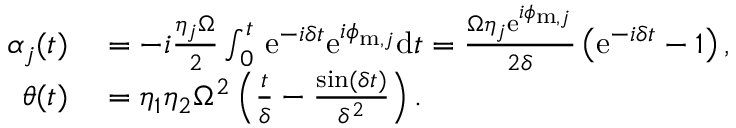
\begin{array} { r l } { \alpha _ { j } ( t ) } & { { } = - i \frac { \eta _ { j } \Omega } { 2 } \int _ { 0 } ^ { t } \, \mathrm { e } ^ { - i \delta t } \mathrm { e } ^ { i \phi _ { \mathrm { m } , j } } \mathrm { d } t = \frac { \Omega \eta _ { j } \mathrm { e } ^ { i \phi _ { \mathrm { m } , j } } } { 2 \delta } \left( \mathrm { e } ^ { - i \delta t } - 1 \right) , } \\ { \theta ( t ) } & { { } = \eta _ { 1 } \eta _ { 2 } \Omega ^ { 2 } \left( \frac { t } { \delta } - \frac { \sin ( \delta t ) } { \delta ^ { 2 } } \right) . } \end{array}